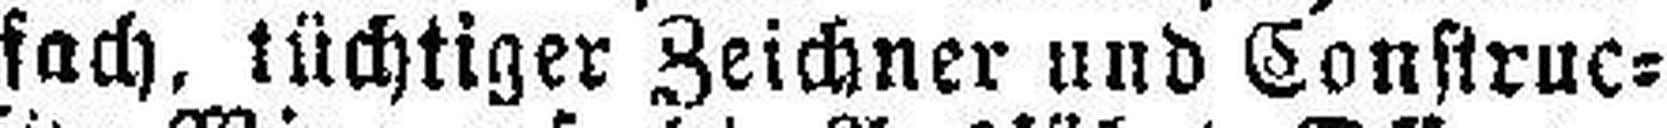
fach, tüchtiger Zeichner und Construc¬